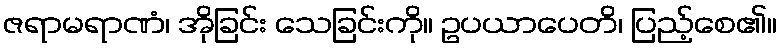
ဇရာမရာဏံ၊ အိုခြင်း သေခြင်းကို။ ဥပယာပေတိ၊ ပြည့်စေ၏။